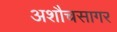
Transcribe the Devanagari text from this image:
अशौचसागर